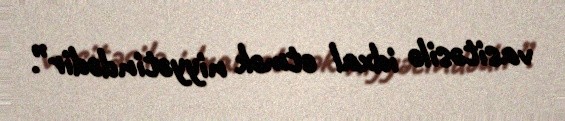
vasitəsilə idxal etmək niyyətindədir”.